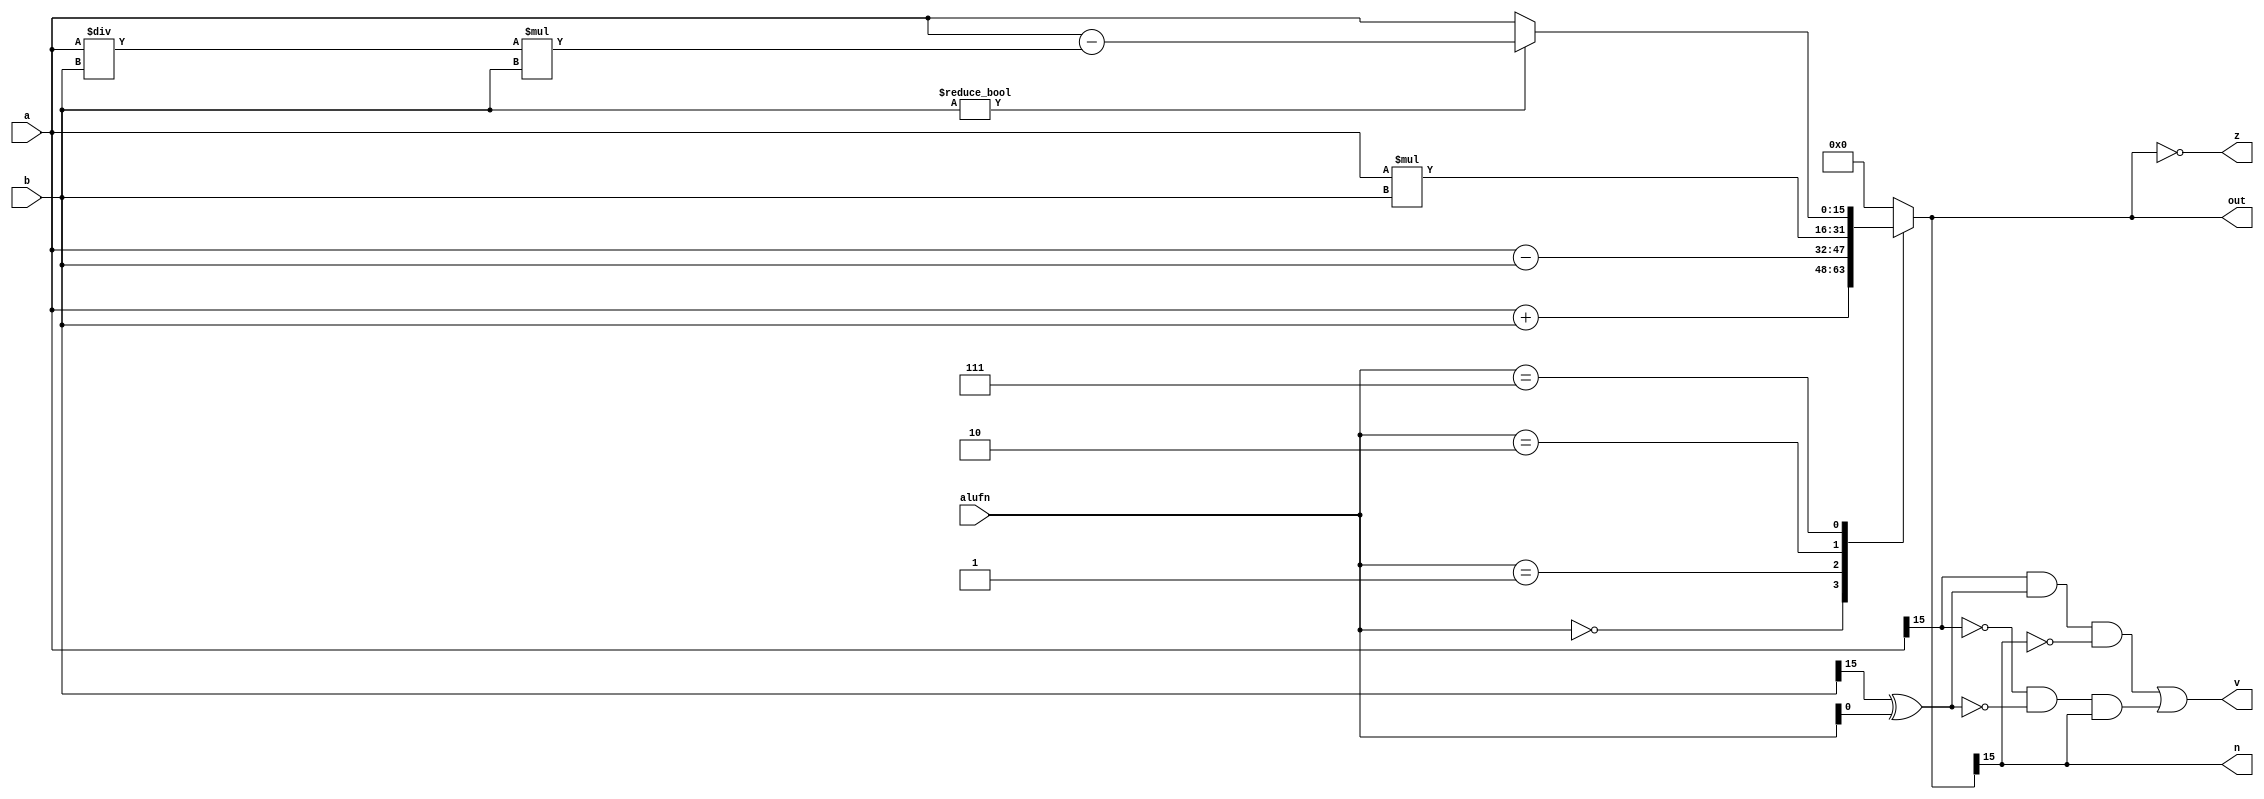
/*
   This file was generated automatically by Alchitry Labs version 1.2.1.
   Do not edit this file directly. Instead edit the original Lucid source.
   This is a temporary file and any changes made to it will be destroyed.
*/

module alu_arithmetic_19 (
    input [15:0] a,
    input [15:0] b,
    input [3:0] alufn,
    output reg z,
    output reg v,
    output reg n,
    output reg [15:0] out
  );
  
  
  
  reg [15:0] s;
  
  always @* begin
    
    case (alufn)
      4'h0: begin
        s = a + b;
      end
      4'h1: begin
        s = a - b;
      end
      4'h2: begin
        s = (a * b);
      end
      4'h7: begin
        if (b != 1'h0) begin
          s = a - ((a / b) * b);
        end else begin
          s = a;
        end
      end
      default: begin
        s = 1'h0;
      end
    endcase
    z = (s == 1'h0);
    v = (a[15+0-:1] & (b[15+0-:1] ^ alufn[0+0-:1]) & ~s[15+0-:1]) | (~a[15+0-:1] & ~(b[15+0-:1] ^ alufn[0+0-:1]) & s[15+0-:1]);
    n = s[15+0-:1];
    out = s;
  end
endmodule